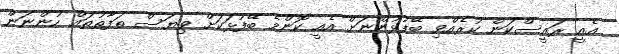
އެއީ ރައީސްކަން ކުރެއްވި ބޭފުޅުންނަށް އެއީ ކޮންމެ ބޭފުޅަކަށް ވިޔަސް ތަފާތުތައް ހުންނަން